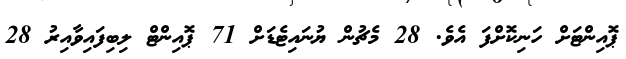
ޕޮއިންޓަށް ހަނިކޮށްފަ އެވެ. 28 މެޗުން ޔުނައިޓެޑަށް 71 ޕޮއިންޓް ލިބިފައިވާއިރު 28